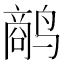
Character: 𱊥